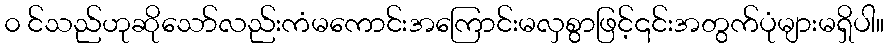
၀ င်သည်ဟုဆိုသော်လည်းကံမကောင်းအကြောင်းမလှစွာဖြင့်၎င်းအတွက်ပုံများမရှိပါ။